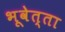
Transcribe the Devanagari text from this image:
भूवेत्ता